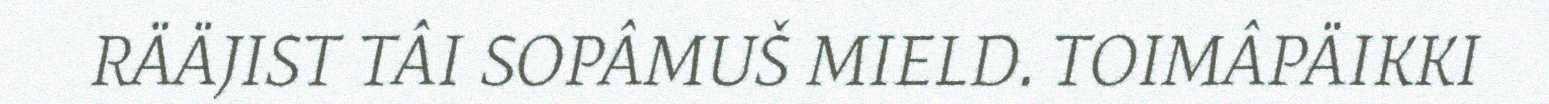
RÄÄJIST TÂI SOPÂMUŠ MIELD. TOIMÂPÄIKKI